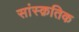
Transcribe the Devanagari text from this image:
सांस्‍क़तिक